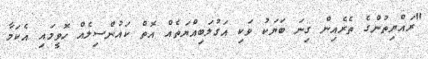
"ރައްޔިތުންގެ ތެރެއިން ގިނަ ބަޔަކު ވަކި އަގުލަބިއްޔަތެއް އޮތް ކައުންސިލެއް ހޮވީމައި އެކަމާ